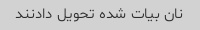
نان بیات شده تحویل دادنند